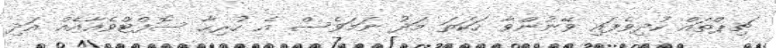
ޗިޕްތައް ކުދިވެފައި ވޭނުންވާ ހަކަތަ މަދު ނަމަވެސް އެ ހުރިހާ ސޮފްޓްވެއާއެއް އަދި